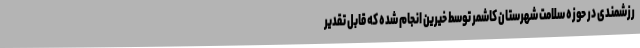
رزشمندی در حوزه سلامت شهرستان کاشمر توسط خیرین انجام شده که قابل تقدیر